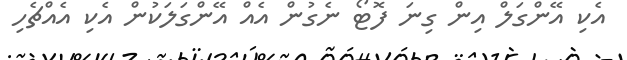
އެކި އޭންގަލް އިން ގިނަ ފޮޓޯ ނެގުން އެއް އޭންގަލަކުން އެކި އެއްޗެހި